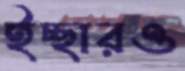
ইচ্ছারও